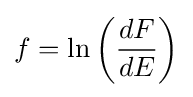
f=\ln \left({\frac {dF}{dE}}\right)